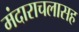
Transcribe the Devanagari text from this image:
मंदाराचलासह